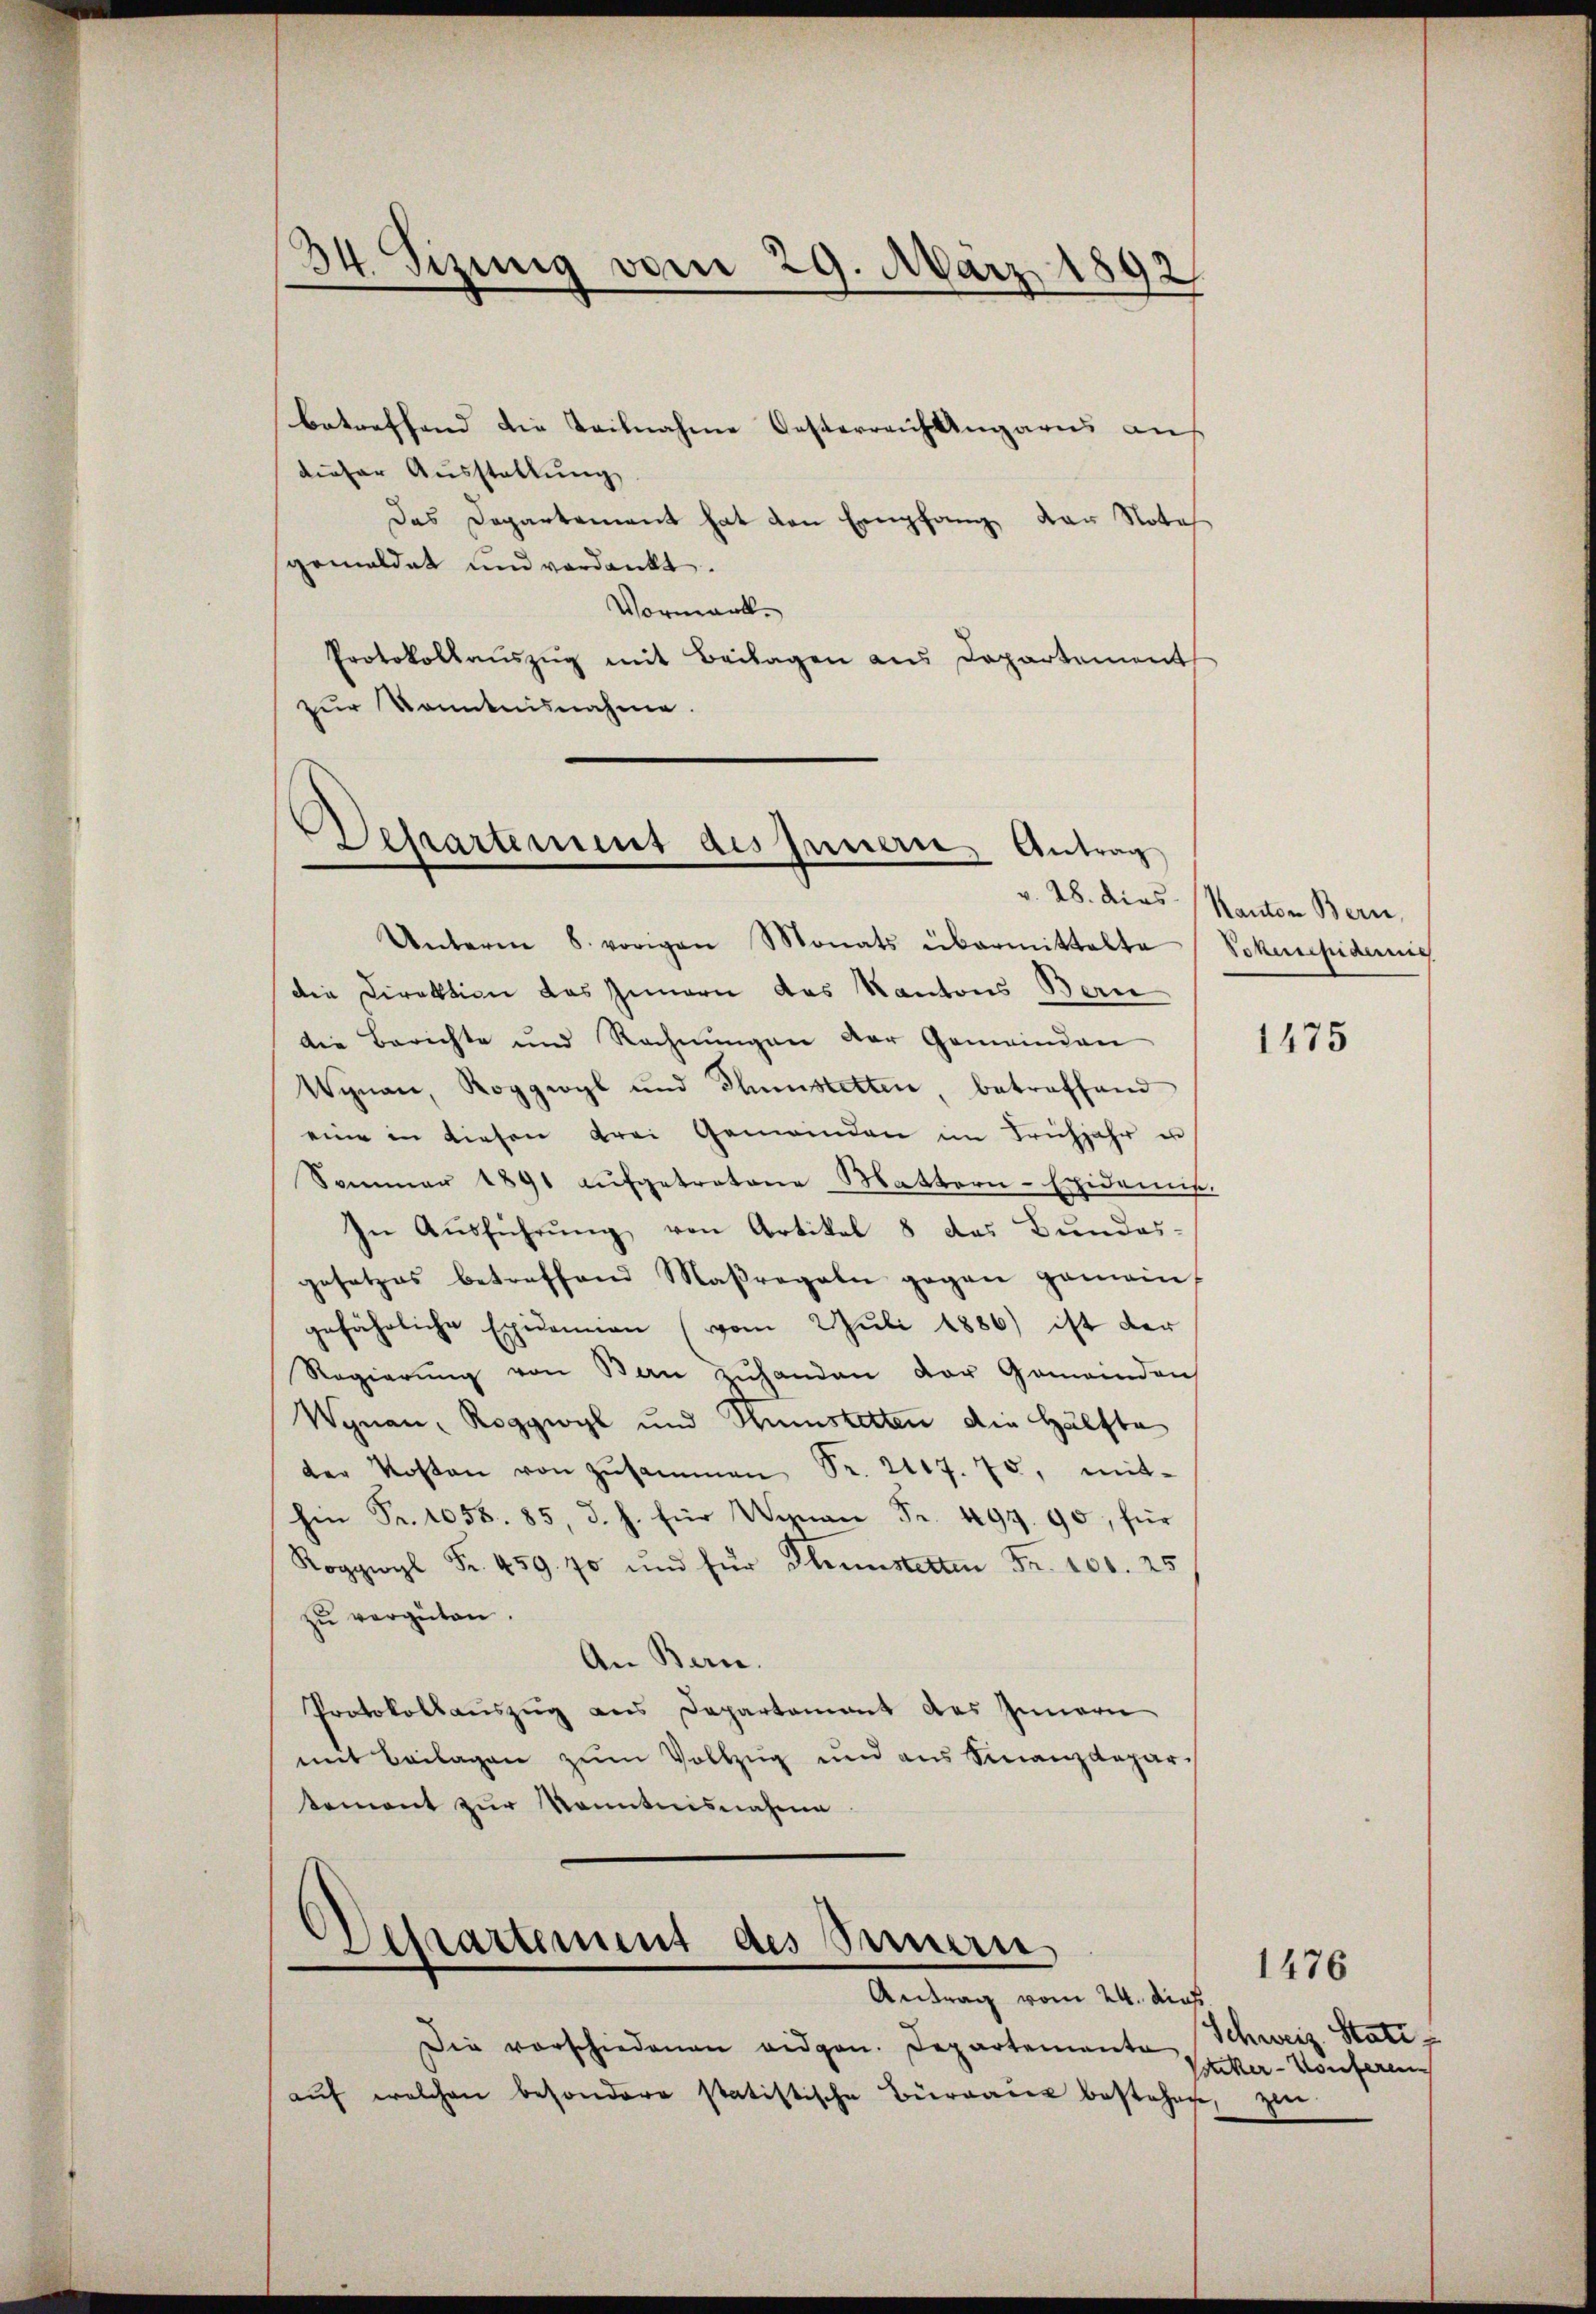
34. Sizung vom 29. März 1892

betreffend die Teilnahme Oesterreich Angarns an
dieser Ausstellung
Das Departement hat den Empfang der Nota
gemeldet und verdankt.
Vormank.
Protokollaŭszŭg mit Beilagen aus Departement
zur Kenntnisnahme

Departement des Innern Antrag

Departement des Sennern
Antrag vom 24. dies

Unterm 8. vorigen Monats übermittelte Schenfideic
die Direktion das Innern das Kantons Bern
die Berichte und Rechnungen der Gemeinden
Wynau, Roggwyl und Thunstetten, betreffend
eine in diesen drei Gemeinden im Frühjahr in
Sommer 1891 aŭfgetretene Mattern-Epidemis
In Ausführung von Artikel 8 das Bundes-
gesetzes betreffend Maßregeln gegen gemein
gefährliche Epidemien (vom 2. Juli 1886) ist der
Regierŭng von Bern zŭhanden der Gemeinden
Wynau, Roggwyl und Kunstetten die Hälfte
der Kosten von zusammen Sr. 2147. 70, mithen Fr. 1058. 85, d. h. für Unan Fr. 499. 90, für
 . 459 90 und für Thunstetten Fr. 100. 25
zu vergüten.
An Bern.
Protokollaŭszŭg ans Departement des Innern
mit Beilagen zum Vollzug und aus Finanzdepar-
tement zur Kenntnisnahme

Die vorschiedenen eidgen. Departemente
aŭf welchen besondere statistische Bürgarer bestehen

v. 28. dies Kanton Bern,

1475

Schweiz. Stati
Bucker-Konferen
zen.

1476